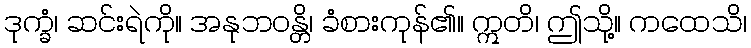
ဒုက္ခံ၊ ဆင်းရဲကို။ အနုဘဝန္တိ၊ ခံစားကုန်၏။ ဣတိ၊ ဤသို့။ ကထေသိ၊